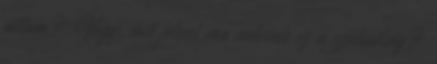
állam? Vagy, mit jelent ma nekünk ez a szabadság?